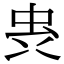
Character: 𮓼